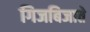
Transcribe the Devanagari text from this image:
गिजबिजाते